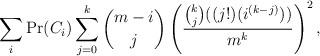
LaTeX: \begin{align*}\sum_{i} \mbox{Pr}(C_{i}) \sum_{j = 0}^{k} \binom {m - i}{j} \left(\frac{\binom {k}{j}((j!)(i^{(k-j)}))}{m^{k}}\right)^{2},\end{align*}